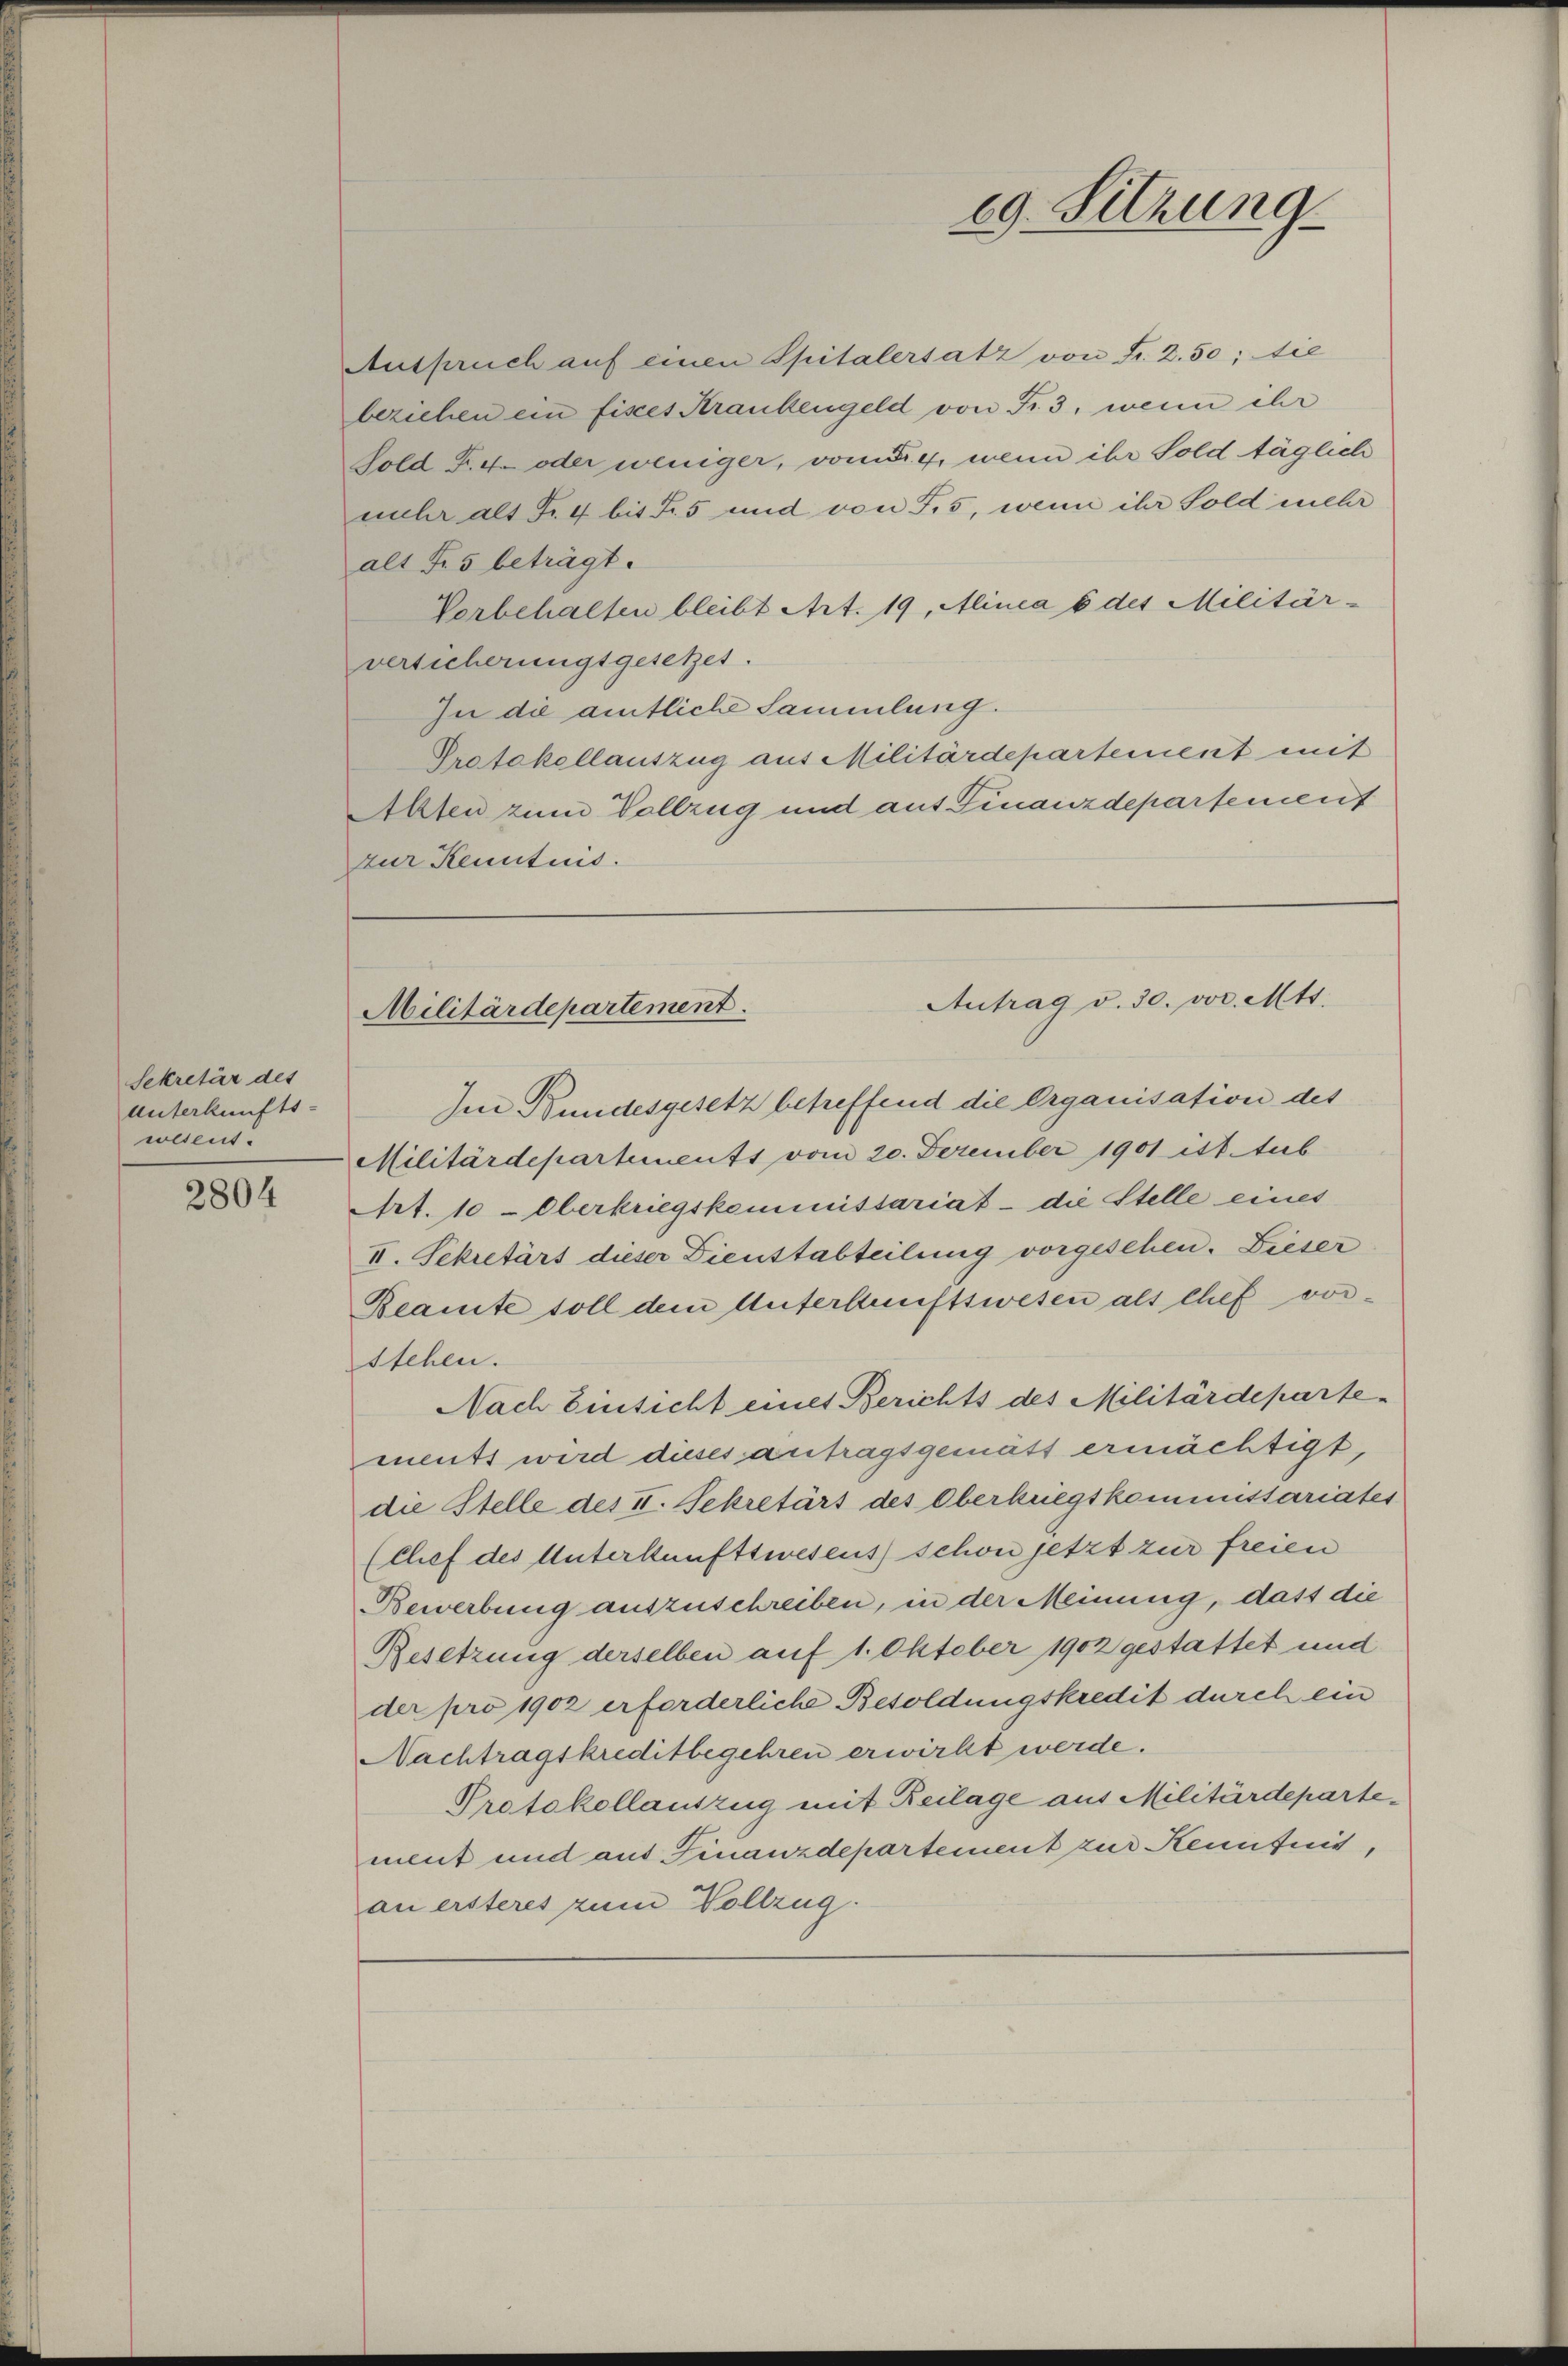
Sekretär des
Unterkunfts-
wesent.

2804

Anspruch auf einen Spitalersatz von Fr. 2.50; die
beziehen ein fisces Krankengeld von Fr. 3, wenn ihr
Sold Fr. 4. oder weniger, vom 4. wenn ihr Sold täglich
muhr alt Fr. 4 bis Fr. 5 und von 55, wenn ihr Sold mehr
alt Fr. 5 beträgt.
Vorbehalten bleibt Art. 19, Alinea 6 des Militär-
versicherungsgesetzet.
In die amtliche Sammlung.
Protokollauszug aus Militärdepartement mit
Alten zum Vollzug und auf Finanzdepartement
zur Kenntnis.

Im Bundesgesetz betreffend die Organisation des
Militärdepartements vom 20. Dezember 1901 ist. tub
Art. 10 - Oberkriegskommissariat - die Stelle eines
II. Sekretärs dieser Dienstabteilung vorgesehen. Dieser
Beamte soll dem Unterkunftswesen als Chef vorstehen.
Nach Einsicht eines Berichts des Militärdepartements wird dieses antragsgematt ermächtigt,
die Stelle des II. Sekretärs des Oberkriegskommissariates
(Chef des Unterkunftswesens schon jetzt zur freien
Bewerbung auszuschreiben, in der Meinung, dass die
Besetzung derselben auf 1. Oktober 1902 gestattet und
der pro 1902 erforderliche Besoldungskredit durch ein
Nachtragskreditbegehren erwirkt werde.
Protokollauszug mit Beilage aus Militärdepartement und auf Finanzdepartement zur Kenntnis,
an ersteres zum Vollzug.

69. Sitzung

Antrag v. 30. vor. Mts.
Militärdepartement